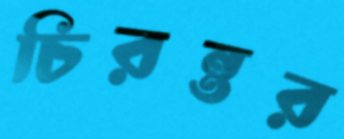
চিরন্তর